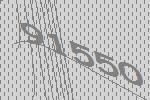
91550